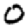
Digit: 0